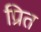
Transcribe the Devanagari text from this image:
प्रित